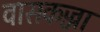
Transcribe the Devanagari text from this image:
वासकज्जा